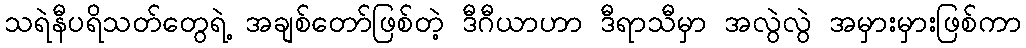
သရဲနီပရိသတ်တွေရဲ့ အချစ်တော်ဖြစ်တဲ့ ဒီဂီယာဟာ ဒီရာသီမှာ အလွဲလွဲ အမှားမှားဖြစ်ကာ